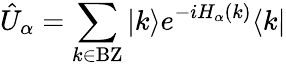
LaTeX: \hat{U}_{\alpha}=\sum_{k\in\mathrm{BZ}}|k\rangle e^{-iH_{\alpha}(k)}\langle k|